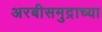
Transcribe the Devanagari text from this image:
अरबीसमुद्राच्या